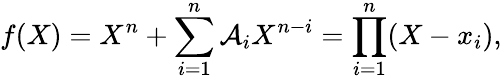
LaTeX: f(X)=X^{n}+\sum_{i=1}^{n}\mathcal{A}_{i}X^{n-i}=\prod_{i=1}^{n}(X-x_{i}),